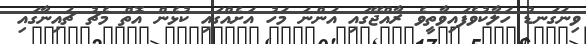
ވިނަގަނޑު ހަލާކުވެފައިވާތީވެ ރާއްޖޭގައި އަންނަ މަހު އަށެއްގައި ކުޅެން އޮތް މެޗު ޗައިނާގައި